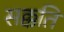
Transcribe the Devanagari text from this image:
सक्कति